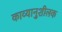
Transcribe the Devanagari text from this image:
काव्यानुशीलक